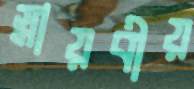
স্নায়বীয়